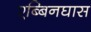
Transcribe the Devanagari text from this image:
एब्बिनघास